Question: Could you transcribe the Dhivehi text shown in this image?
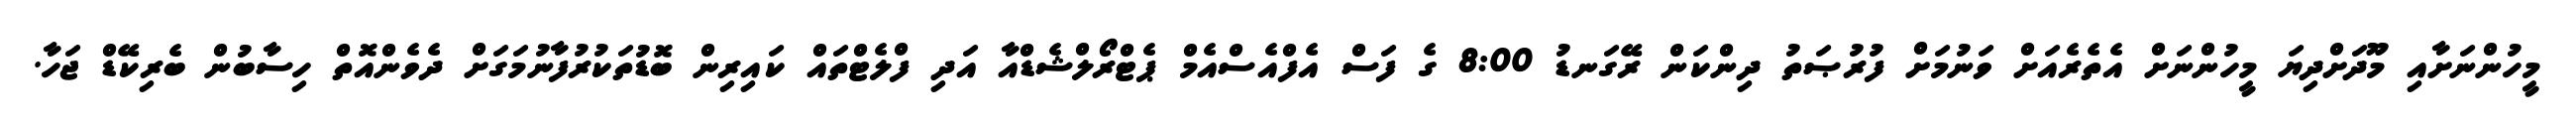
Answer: މީހުންނަށާއި މޫދަށްދިޔަ މީހުންނަށް އެތެރެއަށް ވަނުމަށް ފުރުޞަތު ދިންކަން ރޭގަނޑު 8:00 ގެ ފަސް އެފްއެސްއެމް ޕެޓްރޯލްޝެޑްއާ އަދި ފްލެޓްތައް ކައިރިން ބޮޑުތަކުރުފާނުމަގަށް ދެވެންއޮތް ހިސާބުން ބެރިކޭޑް ޖަހާ.